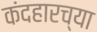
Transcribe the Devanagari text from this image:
कंदहारच्या